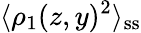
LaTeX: \langle\rho_{1}(z,y)^{2}\rangle_{\mathrm{ss}}